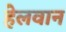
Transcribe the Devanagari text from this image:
हेलवान